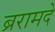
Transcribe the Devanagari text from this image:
ब्ररामदे